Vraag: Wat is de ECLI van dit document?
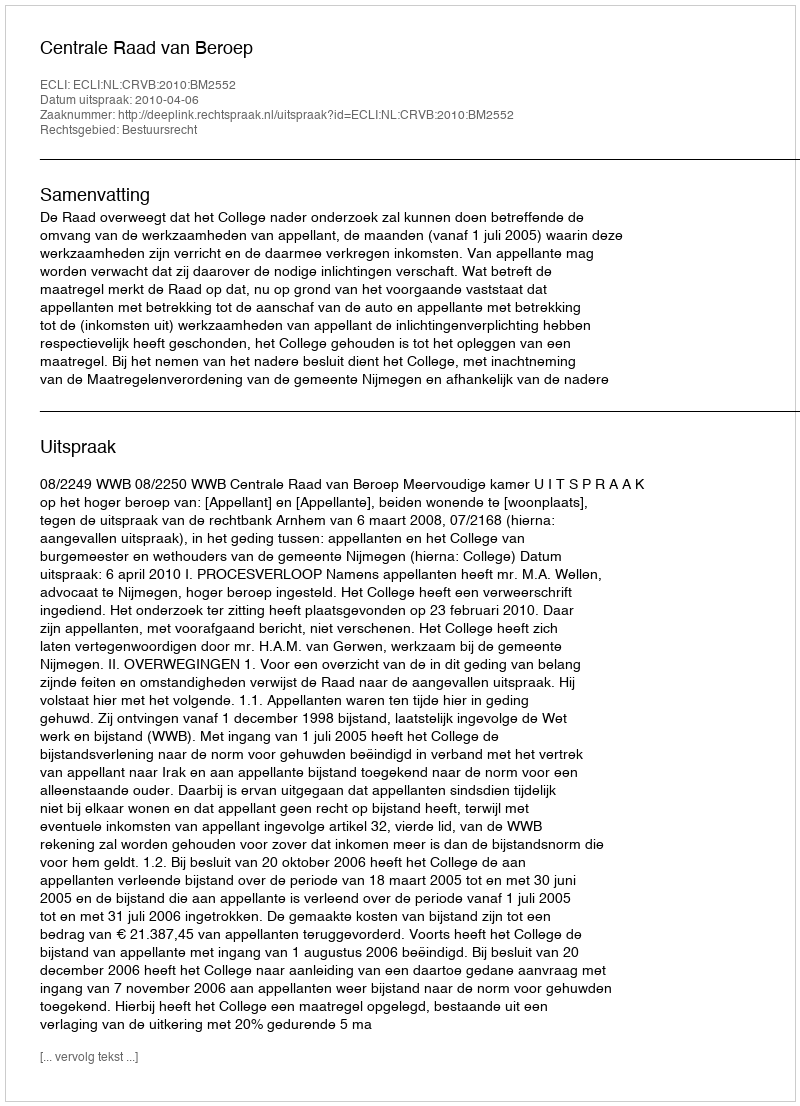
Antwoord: ECLI:NL:CRVB:2010:BM2552